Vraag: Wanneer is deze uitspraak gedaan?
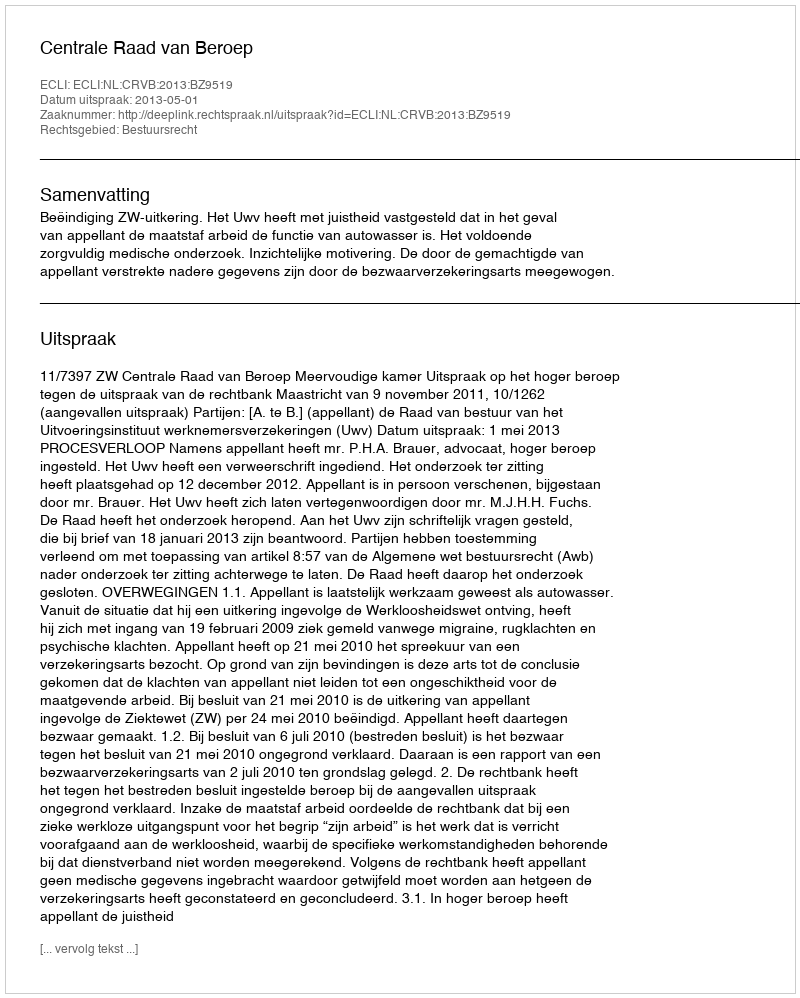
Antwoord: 2013-05-01